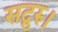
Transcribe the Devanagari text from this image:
सद्गुरु।